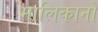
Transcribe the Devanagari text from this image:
मालिकानों